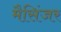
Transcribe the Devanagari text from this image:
मैसिंजर